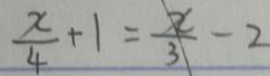
\frac { x } { 4 } + 1 = \frac { x } { 3 } - 2